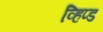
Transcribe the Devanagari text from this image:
व्हिप्ड